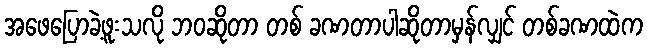
အဖေပြောခဲ့ဖူးသလို ဘဝဆိုတာ တစ် ခဏတာပါဆိုတာမှန်လျှင် တစ်ခဏထဲက